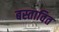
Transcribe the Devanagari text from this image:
बस्तावित